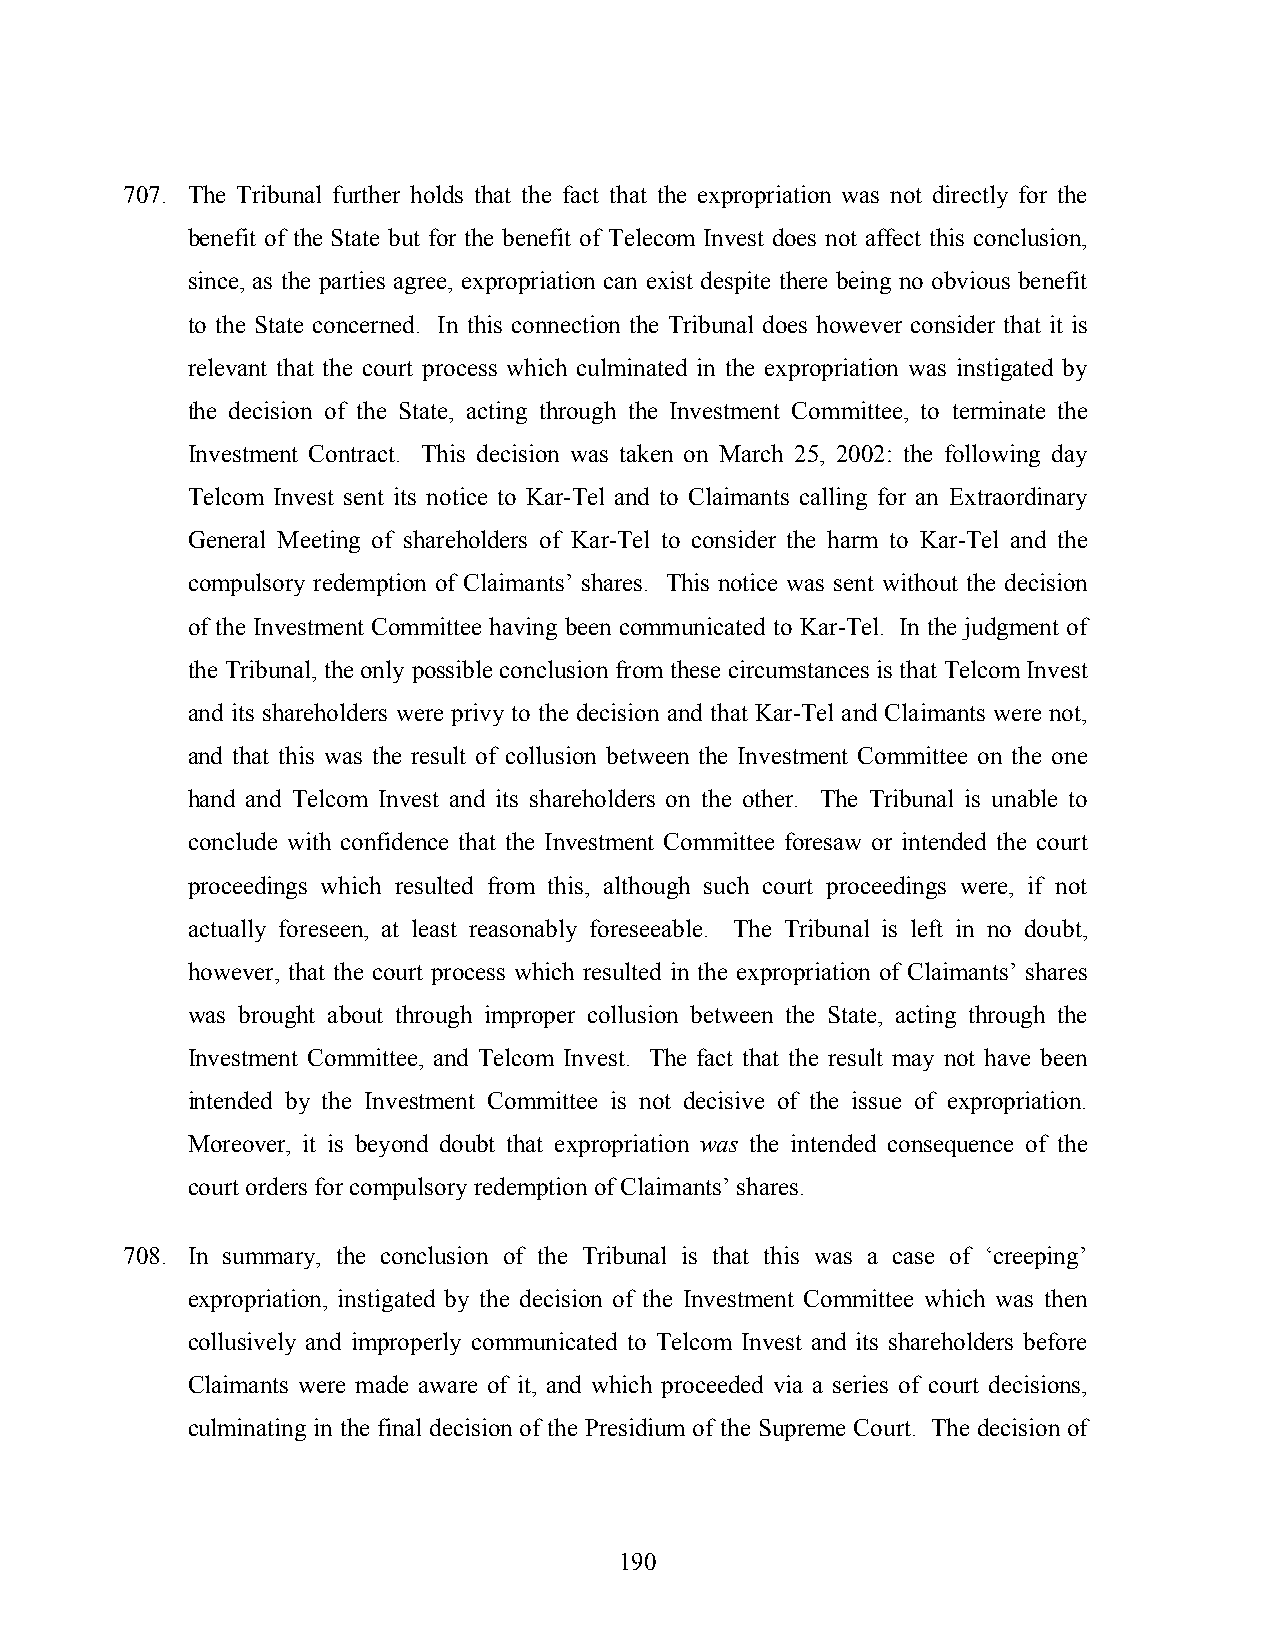
707. The Tribunal further holds that the fact that the expropriation was not directly for the
 benefit of the State but for the benefit of Telecom Invest does not affect this conclusion,
 since, as the parties agree, expropriation can exist despite there being no obvious benefit
 to the State concerned. In this connection the Tribunal does however consider that it is
 relevant that the court process which culminated in the expropriation was instigated by
 the decision of the State, acting through the Investment Committee, to terminate the
 Investment Contract. This decision was taken on March 25, 2002: the following day
 Telcom Invest sent its notice to Kar-Tel and to Claimants calling for an Extraordinary
 General Meeting of shareholders of Kar-Tel to consider the harm to Kar-Tel and the
 compulsory redemption of Claimants’ shares. This notice was sent without the decision
 of the Investment Committee having been communicated to Kar-Tel. In the judgment of
 the Tribunal, the only possible conclusion from these circumstances is that Telcom Invest
 and its shareholders were privy to the decision and that Kar-Tel and Claimants were not,
 and that this was the result of collusion between the Investment Committee on the one
 hand and Telcom Invest and its shareholders on the other. The Tribunal is unable to
 conclude with confidence that the Investment Committee foresaw or intended the court
 proceedings which resulted from this, although such court proceedings were, if not
 actually foreseen, at least reasonably foreseeable. The Tribunal is left in no doubt,
 however, that the court process which resulted in the expropriation of Claimants’ shares
 was brought about through improper collusion between the State, acting through the
 Investment Committee, and Telcom Invest. The fact that the result may not have been
 intended by the Investment Committee is not decisive of the issue of expropriation.
 Moreover, it is beyond doubt that expropriation was the intended consequence of the
 court orders for compulsory redemption of Claimants’ shares.
 708. In summary, the conclusion of the Tribunal is that this was a case of ‘creeping’
 expropriation, instigated by the decision of the Investment Committee which was then
 collusively and improperly communicated to Telcom Invest and its shareholders before
 Claimants were made aware of it, and which proceeded via a series of court decisions,
 culminating in the final decision of the Presidium of the Supreme Court. The decision of
 190